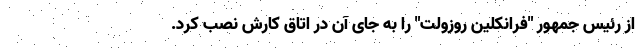
از رئیس جمهور "فرانکلین روزولت" را به جای آن در اتاق کارش نصب کرد.